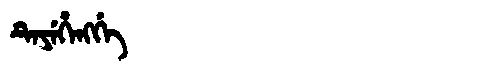
Manchu: ᡨᡝᠶᡝᡥᡝᠩᡤᡝ
Romanization: TEYEHENGGE